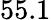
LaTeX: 55.1